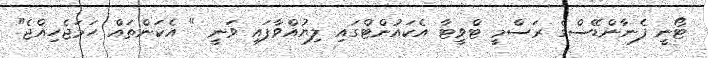
ޓޯނީ ފެނާންޑޭސްގެ ރަސްމީ ޓްވީޓާ އެކައުންޓްގައި ލިޔުއްވާފައި ވަނީ " އެކަންތައް ހަމަޖެހިއްޖެ"